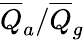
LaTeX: \overline{{Q}}_{a}/\overline{{Q}}_{g}